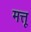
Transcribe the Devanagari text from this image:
मत्तू